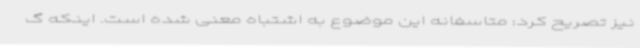
نیز تصریح کرد: متاسفانه این موضوع به اشتباه معنی شده است. اینکه گ